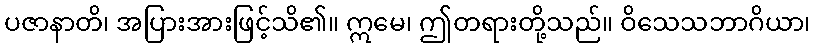
ပဇာနာတိ၊ အပြားအားဖြင့်သိ၏။ ဣမေ၊ ဤတရားတို့သည်။ ဝိသေသဘာဂိယာ၊